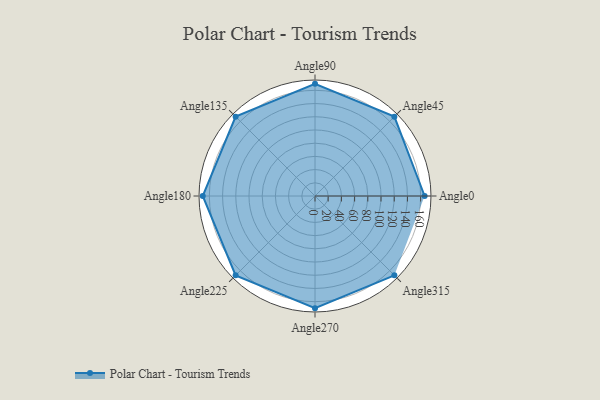
{"axis": {"x": "Angle", "y": "Radius"}, "legend": [""], "data": [{"x": "Angle0", "y": 166.0, "type": ""}, {"x": "Angle45", "y": 170, "type": ""}, {"x": "Angle90", "y": 170, "type": ""}, {"x": "Angle135", "y": 170, "type": ""}, {"x": "Angle180", "y": 170, "type": ""}, {"x": "Angle225", "y": 170, "type": ""}, {"x": "Angle270", "y": 170, "type": ""}, {"x": "Angle315", "y": 170, "type": ""}]}